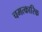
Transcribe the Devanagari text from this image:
चमत्‍कारिक